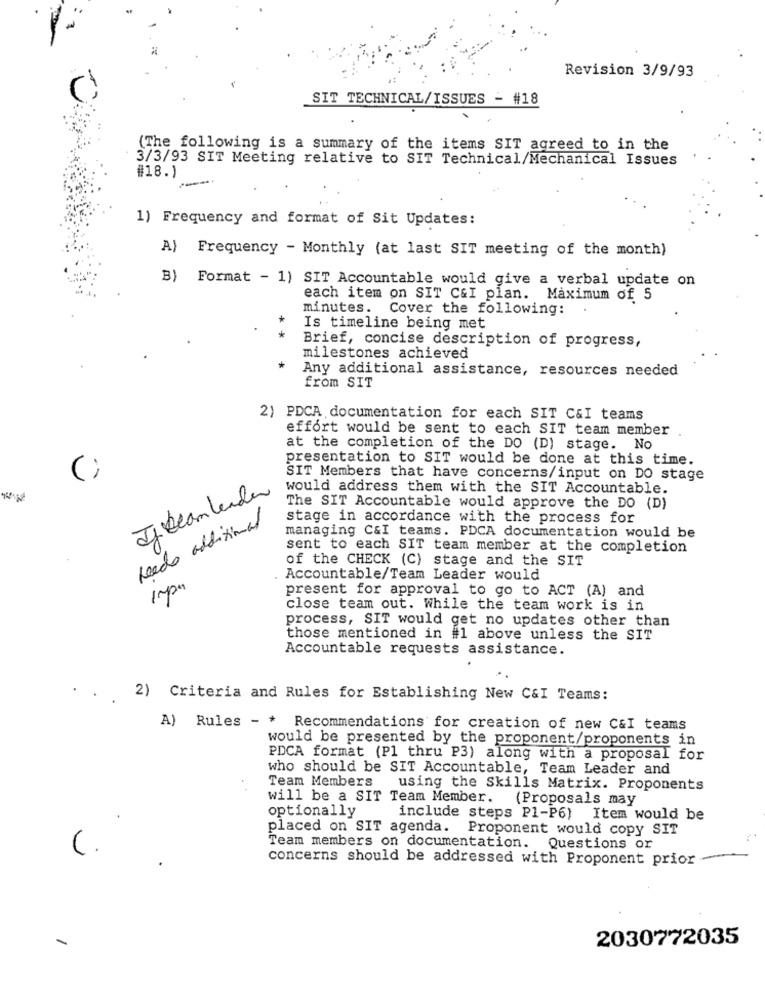
Revision 3/9/93
SIT TECHNICAL/ISSUES - #18
(The following is a summary of the items SIT agreed to in the
3/3/93 SIT Meeting relative to SIT Technical/Mechanical Issues
#18.1
1) Frequency and format of Sit Updates:
A)
Frequency - Monthly (at last SIT meeting of the month)
B)
Format - 1) SIT Accountable would give a verbal update on
each item on SIT C&I plan. Maximum of 5
minutes. Cover the following:
Is timeline being met
*
Brief, concise description of progress,
milestones achieved
*
Any additional assistance, resources needed
from SIT
2) PDCA documentation for each SIT C&I teams
effort would be sent to each SIT team member
at the completion of the DO (D) stage. No
presentation to SIT would be done at this time.
(;
SIT Members that have concerns/input on DO stage
Ifteam leader
would address them with the SIT Accountable.
The SIT Accountable would approve the DO (D)
Leeds additional
stage in accordance with the process for
managing C&I teams. PDCA documentation would be
sent to each SIT team member at the completion
of the CHECK (C) stage and the SIT
Accountable/Team Leader would
present for approval to go to ACT (A) and
close team out. While the team work is in
process, SIT would get no updates other than
those mentioned in #1 above unless the SIT
Accountable requests assistance.
. . 2) Criteria and Rules for Establishing New C&I Teams:
A) Rules - * Recommendations for creation of new C&I teams
would be presented by the proponent/proponents in
PDCA format (Pl thru P3) along with a proposal for
who should be SIT Accountable, Team Leader and
Team Members
using the Skills Matrix. Proponents
will be a SIT Team Member. (Proposals may
optionally
include steps P1-P6) Item would be
placed on SIT agenda. Proponent would copy SIT
C.
Team members on documentation. Questions or
concerns should be addressed with Proponent prior -
2030772035
-